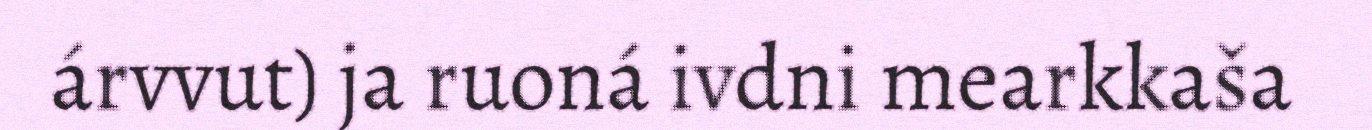
árvvut) ja ruoná ivdni mearkkaša